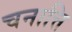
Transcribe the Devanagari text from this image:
चनात्ति